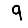
Digit: 9